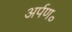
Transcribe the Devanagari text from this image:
अर्पण॰